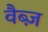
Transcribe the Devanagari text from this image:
वैब्ज़